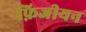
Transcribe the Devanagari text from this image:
फ़िजीयन